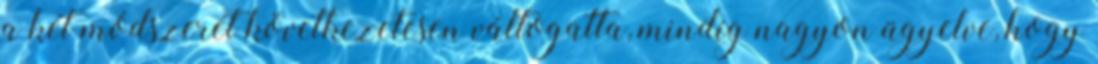
a két módszerét következetesen váltogatta, mindíg nagyon ügyelve, hogy